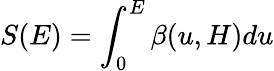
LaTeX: S(E)=\int_{0}^{E}\beta(u,H)du